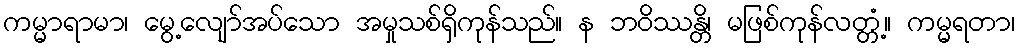
ကမ္မာရာမာ၊ မွေ့လျော်အပ်သော အမှုသစ်ရှိကုန်သည်။ န ဘဝိဿန္တိ၊ မဖြစ်ကုန်လတ္တံ့။ ကမ္မရတာ၊